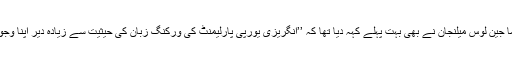
فرانسیسی سیاسی راہ نما جین لوس میلنجان نے بھی بہت پہلے کہہ دیا تھا کہ ’’انگریزی یورپی پارلیمنٹ کی ورکنگ زبان کی حیثیت سے زیادہ دیر اپنا وجود قائم نہیں رکھ سکتی!